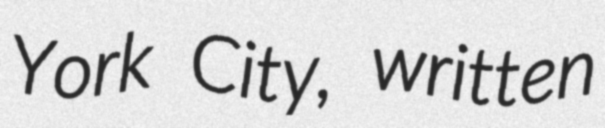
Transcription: York City, written